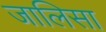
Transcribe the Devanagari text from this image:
जालिसा